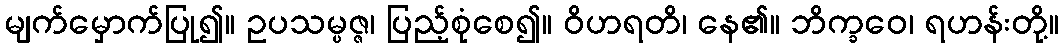
မျက်မှောက်ပြု၍။ ဥပသမ္ပဇ္ဇ၊ ပြည့်စုံစေ၍။ ဝိဟရတိ၊ နေ၏။ ဘိက္ခဝေ၊ ရဟန်းတို့။